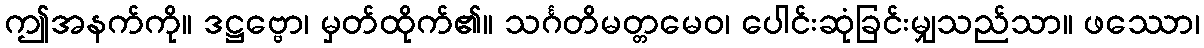
ဤအနက်ကို။ ဒဋ္ဌဗ္ဗော၊ မှတ်ထိုက်၏။ သင်္ဂတိမတ္တမေဝ၊ ပေါင်းဆုံခြင်းမျှသည်သာ။ ဖဿော၊